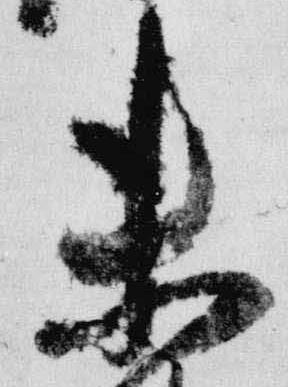
未